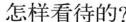
怎样看待的?